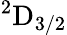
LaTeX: \mathrm{{}^{2}D_{3/2}}